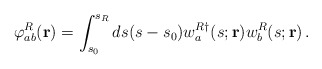
\begin{align*}\varphi^R_{ab}({\bf r}) = \int_{s_0}^{s_R} ds (s-s_0) w_a^{R\dagger}(s; {\bf r}) w_b^R(s; {\bf r} ) \, .\end{align*}